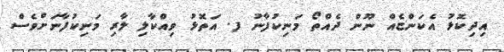
އިދިކޮޅު އެކަންޏެއް ނޫން ދެއްތޯ މަނިކުފާނު ފ. އަތޮޅު ވިއްކާލި ލާރި މަނިކުފާނަށްވެސް